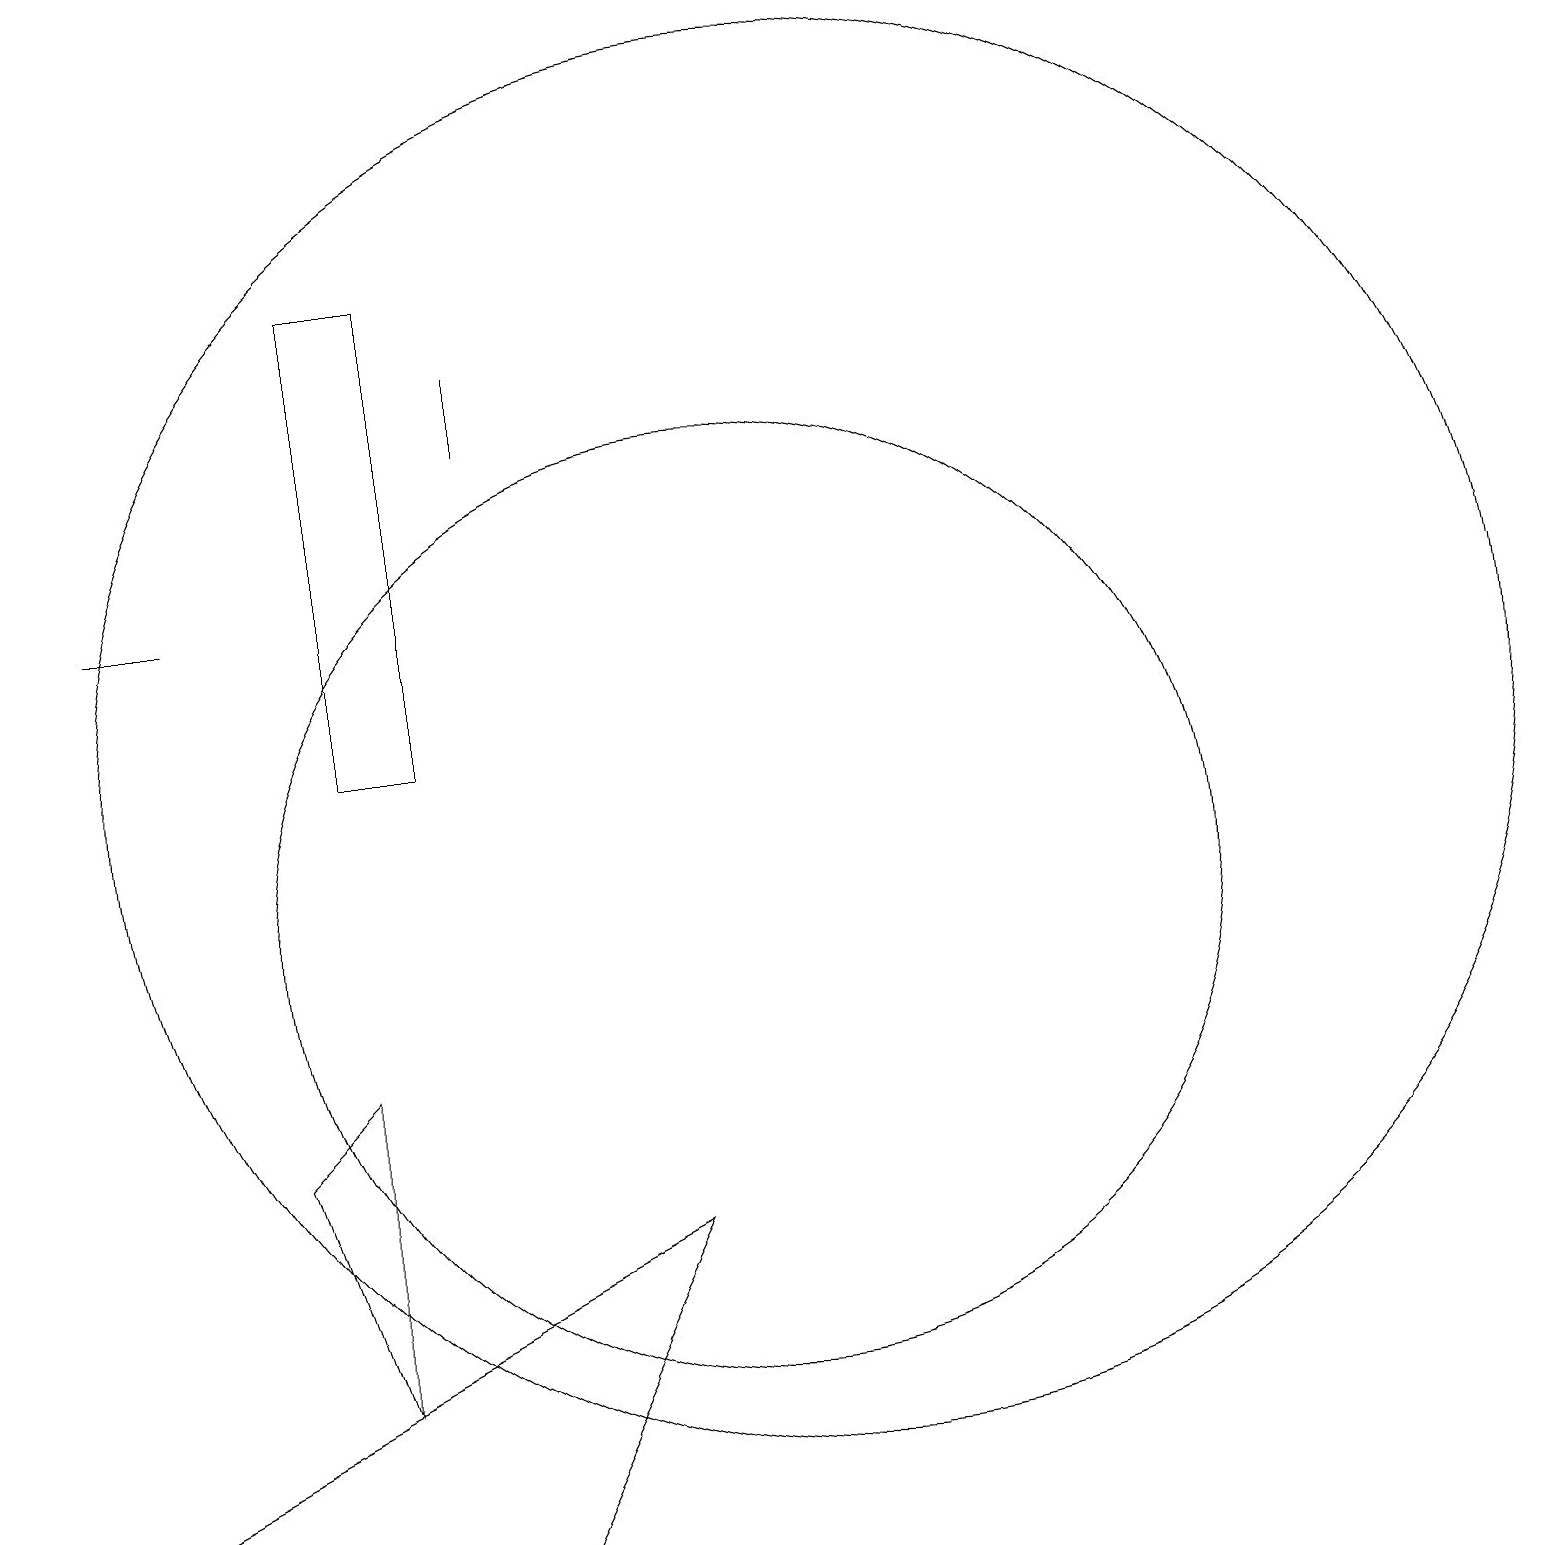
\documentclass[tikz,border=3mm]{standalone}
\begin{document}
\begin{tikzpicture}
\draw (1,2) -- (9,6) -- (7,2) -- cycle;
\draw (3,14) rectangle (2,14);
\draw (5,12) rectangle (6,18);
\draw (10,10) circle (6);
\draw (11,12) circle (9);
\draw (7,17) rectangle (7,16);
\draw (4,7) -- (5,8) -- (5,4) -- cycle;
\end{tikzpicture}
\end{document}